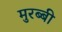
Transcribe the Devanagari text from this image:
मुरब्बी